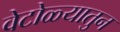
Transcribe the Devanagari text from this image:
वेटोळ्यातुन